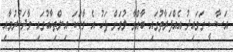
އަސާސީ ގަވައިދު އެއްފަރާތުގައި ބާއްވާ ލުމަށް ފަހު އެ ވާހަކަ އިންތިހާބުގައި ވާދަކުރުމާއި